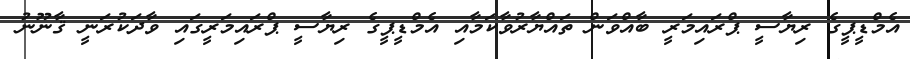
އެމްޑީޕީގެ ރިޔާސީ ޕްރައިމަރީ ބާއްވަން ތައްޔާރުވާކަމާއި އެމްޑީޕީގެ ރިޔާސީ ޕްރައިމަރީގައި ވާދަކުރަނީ ޤާނޫނު